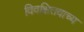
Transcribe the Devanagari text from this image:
विवक्षितवाच्य